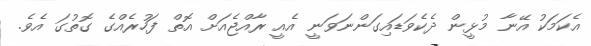
އެކަމަކު އޭނާ މުޅީން ދެކެވަޑައިގަންނަވަނީ އެއީ ރާއްޖެއަށް އޮތް ފަހުރެއްގެ ގޮތުގަ އެވެ.